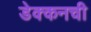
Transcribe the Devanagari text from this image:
डेक्कनची